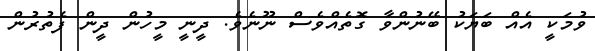
ވުމަކީ އެއް ބަޔަކު ބޭނުންވާ ގޮތެއްވެސް ނޫނެވެ. ދީނީ މީހުން ދީން ފެތުރުން